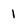
Character: 1